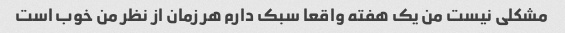
مشکلی نیست من یک هفته واقعا سبک دارم هر زمان از نظر من خوب است